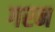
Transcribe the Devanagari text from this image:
गरन